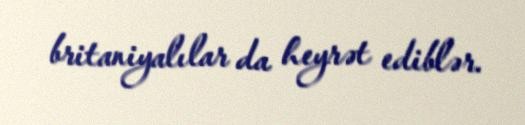
britaniyalılar da heyrət ediblər.